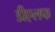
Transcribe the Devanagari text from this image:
डीएलफ